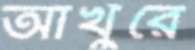
আখুঁরে